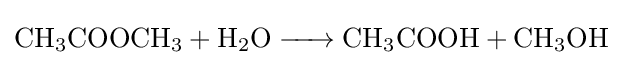
{\ce {CH3COOCH3 + H2O -> CH3COOH + CH3OH}}